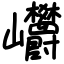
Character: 㠨